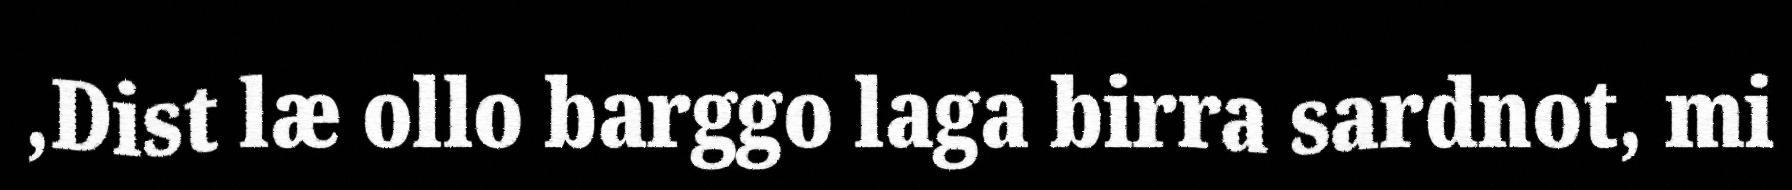
,Dist læ ollo barggo laga birra sardnot, mi